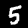
Digit: 5